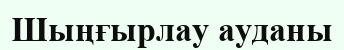
Шыңғырлау ауданы